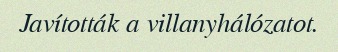
Javították a villanyhálózatot.